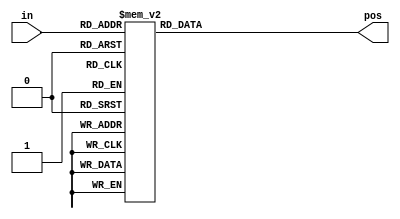
/* 
    https://hdlbits.01xz.net/wiki/Always_case2
*/

// synthesis verilog_input_version verilog_2001
module top_module (
    input [3:0] in,
    output reg [1:0] pos  );

    always @(*) begin  // This is a combinational circuit
        case (in)
            4'h0: pos = 0;
            4'h1: pos = 0;
            4'h2: pos = 1;
            4'h3: pos = 0;
            4'h4: pos = 2;
            4'h5: pos = 0;
            4'h6: pos = 1;
            4'h7: pos = 0;
            4'h8: pos = 3;
            4'h9: pos = 0;
            4'ha: pos = 1;
            4'hb: pos = 0;
            4'hc: pos = 2;
            4'hd: pos = 0;
            4'he: pos = 1;
            4'hf: pos = 0;
            default: pos = 0;
        endcase
    end

endmodule